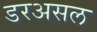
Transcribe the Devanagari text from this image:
डरअसल